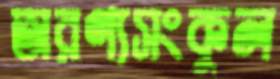
অরণ্যসংকুল